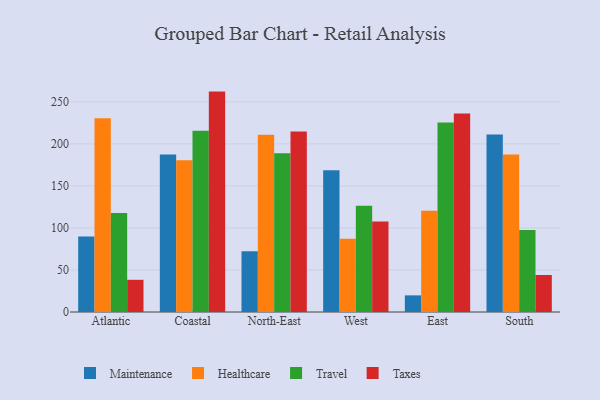
{"axis": {"x": "Region", "y": "Demand Index"}, "legend": ["Healthcare", "Maintenance", "Taxes", "Travel"], "data": [{"x": "Atlantic", "y": 89.9, "type": "Maintenance"}, {"x": "Atlantic", "y": 230.5, "type": "Healthcare"}, {"x": "Atlantic", "y": 117.7, "type": "Travel"}, {"x": "Atlantic", "y": 38.3, "type": "Taxes"}, {"x": "Coastal", "y": 187.4, "type": "Maintenance"}, {"x": "Coastal", "y": 180.6, "type": "Healthcare"}, {"x": "Coastal", "y": 215.7, "type": "Travel"}, {"x": "Coastal", "y": 262.2, "type": "Taxes"}, {"x": "North-East", "y": 72.3, "type": "Maintenance"}, {"x": "North-East", "y": 210.9, "type": "Healthcare"}, {"x": "North-East", "y": 188.8, "type": "Travel"}, {"x": "North-East", "y": 214.6, "type": "Taxes"}, {"x": "West", "y": 168.5, "type": "Maintenance"}, {"x": "West", "y": 87.0, "type": "Healthcare"}, {"x": "West", "y": 126.4, "type": "Travel"}, {"x": "West", "y": 107.8, "type": "Taxes"}, {"x": "East", "y": 19.8, "type": "Maintenance"}, {"x": "East", "y": 120.5, "type": "Healthcare"}, {"x": "East", "y": 225.5, "type": "Travel"}, {"x": "East", "y": 236.0, "type": "Taxes"}, {"x": "South", "y": 211.3, "type": "Maintenance"}, {"x": "South", "y": 187.5, "type": "Healthcare"}, {"x": "South", "y": 97.6, "type": "Travel"}, {"x": "South", "y": 44.0, "type": "Taxes"}]}